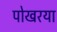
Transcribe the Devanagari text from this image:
पोखरया